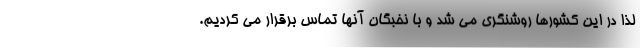
لذا در این کشورها روشنگری می شد و با نخبگان آنها تماس برقرار می کردیم.